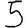
Digit: 5